Civil Veterinary Department. Central Provinces & Berar 1925-31 - 1925-1931
Year: 1925
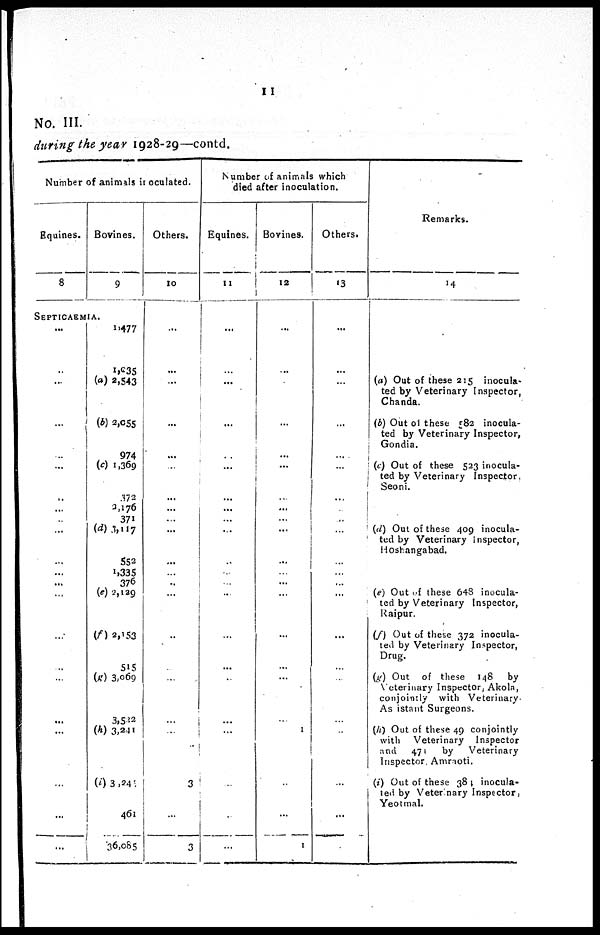
11
No. III.
during the year 1928-29—contd.
Number of animals inoculated.
Equines.
8
Bovines.
9
SEPTICAEMIA.
...
...
...
...
...
...
...
...
...
...
...
...
...
...
...
...
...
...
...
...
...
1,477
1,035
(a) 2,543
(b) 2,055
974
(c) 1,369
372
3,176
371
(d) 3,117
552
1,335
376
(e) 2,129
(f) 2,153
515
(g) 3,069
3,522
(h) 3,241
(i) 3,245
461
36,085
Others.
10
...
...
...
...
...
...
...
...
...
...
...
...
..
...
...
...
...
...
...
3
...
3
Number of animals which
died after inoculation.
Equines.
11
...
...
...
...
...
...
...
...
...
...
...
...
...
...
...
...
...
...
...
...
.
...
Bovines.
12
...
...
...
...
...
...
...
...
...
...
...
...
...
...
...
...
...
1
...
...
1
Others.
13
...
...
...
...
...
...
...
...
..
...
...
...
...
...
...
...
...
...
...
...
...
Remarks.
14
(a) Out of these 215 inocula-
ted by Veterinary Inspector,
Chanda.
(b) Out o1 these 582 inocula-
ted by Veterinary Inspector,
Gondia.
(c) Out of these 523 inocula-
ted by Veterinary Inspector.
Seoni.
(d) Out of these 409 inocula-
ted by Veterinary Inspector,
Hoshangabad.
(e) Out of these 648 inocula-
ted by Veterinary Inspector,
Raipur.
(f) Out of these 372 inocula-
ted by Veterinary Inspector,
Drug.
(g) Out of these
148
by
Veterinary Inspector, Akola,
conjointly with Veterinary
As istant Surgeons.
(h) Out of these 49 conjointly
with
Veterinary
Inspector
and
470
by
Veterinary
Inspector Amraoti.
(i) Out of these 384 inocula-
ted by Veterinary Inspector,
Yeotmal.